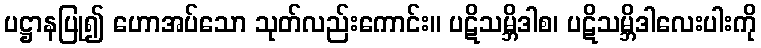
ပဋ္ဌာနပြု၍ ဟောအပ်သော သုတ်လည်းကောင်း။ ပဋိသမ္ဘိဒါစ၊ ပဋိသမ္ဘိဒါလေးပါးကို